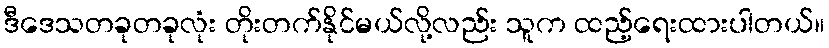
ဒီဒေသတခုတခုလုံး တိုးတက်နိုင်မယ်လို့လည်း သူက ထည့်ရေးထားပါတယ်။